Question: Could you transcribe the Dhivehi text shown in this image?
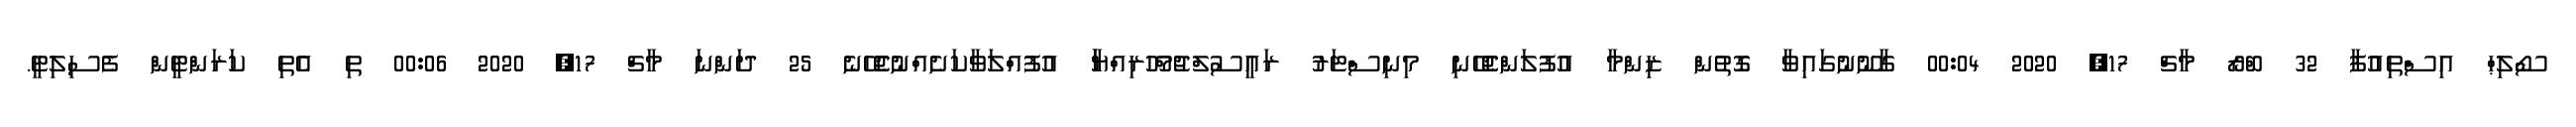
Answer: ސޯލިޙް އިސްތިއުފާ 32 ބްރޯ މާޗް 17, 2020 00:04 ގާނޫނުގައިވާ ގޮތުން ޒިންމާ އުފުލަންޖެހޭނި މިނިސްޓަރު ރައީސުލްޖުމްހޫރިއްޔަާ އުފުއްލަވާކަށެއްނުޖެހޭނެ 25 ދަންނަ މާޗް 17, 2020 00:06 ތި އެތި ކަރަންޓީން ފެސިލިޓީ.